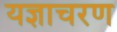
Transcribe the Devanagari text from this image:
यज्ञाचरण